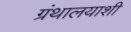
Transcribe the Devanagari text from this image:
ग्रंथालयाशी